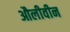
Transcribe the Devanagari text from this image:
औलीवीन